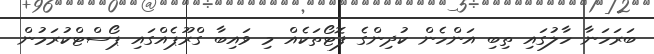
ބަރަހަނާ ހާލުގައި ތިބި އަންހެން ކުދިންގެ ފޮޓޯތަކެއް މި ވައިބާ ގްރޫޕެއްގައި ޕޯސްޓްކުރަމުން